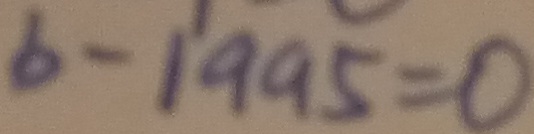
b - 1 9 9 5 = 0